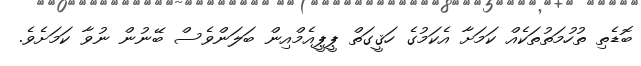
ބޮޑެތި ތުހުމަތުތަކެއް ކަމަށާ އެކަމުގެ ހަޤީގަތް ޕީޕީއެމްއިން ބަލަންވެސް ބޭނުން ނުވާ ކަމަށެވެ.